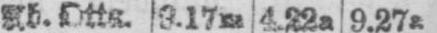
4.22a 9.27a